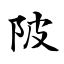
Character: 陂